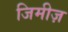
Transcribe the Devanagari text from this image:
जिमीज़